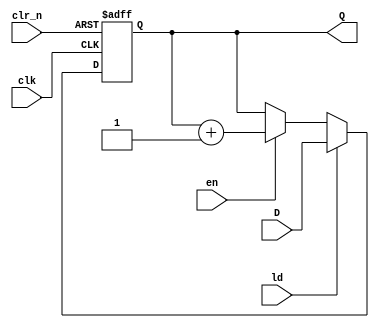
/********************************************************************************/


/* ----- ----- ----- ----- ----- -----
	Module: Counter with positive clock transition and negative reset
			using conditionals (if // else)
 			for digital circuits
 	Filename: counter.v
	Coder: Vitor Alexandre Garcia Vaz(14611432)
 	Versions: /june_2024/
	----- ----- ----- ----- ----- -----
*/ 

module counter #(parameter Size=8) (
  input clk, //clock
  input clr_n, //reset
  input en, //enable
  input ld, //parallel load
  input [Size-1:0] D, //dado de entrada para carga paralela
  output reg [Size-1:0] Q //sada do contador
);
  always @(posedge clk or negedge clr_n) begin
    if(!clr_n) begin
      Q<=0; //com o reset negativo, contagem comea do zero
    end
    else if(ld) begin
      Q<=D; //se no, se ld est ativado, recebe-se a carga paralela
    end
    else if(en) begin
      Q<=Q+1; // se no, se est ativado, incrementa-se a sada
    end
  end
endmodule
/********************************************************************************/